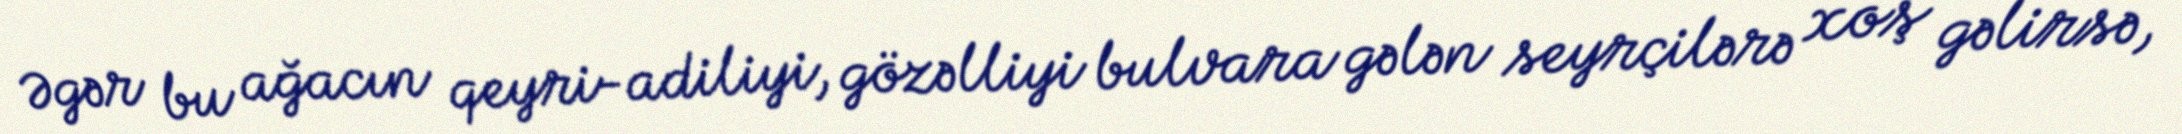
Əgər bu ağacın qeyri-adiliyi, gözəlliyi bulvara gələn seyrçilərə xoş gəlirsə,